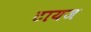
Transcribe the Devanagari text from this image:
टायज